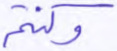
وكنتم